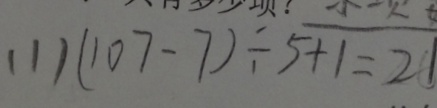
( 1 ) ( 1 0 7 - 7 ) \div 5 + 1 = 2 1